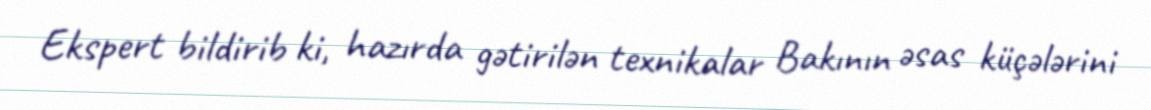
Ekspert bildirib ki, hazırda gətirilən texnikalar Bakının əsas küçələrini